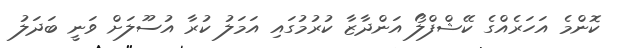
ކޮންމެ އަހަރެއްގެ ކޭޝްފްލޯ އަންދާޒާ ކުރުމުގައި އަމަލު ކުރާ އުސޫލަށް ވަނީ ބަދަލު